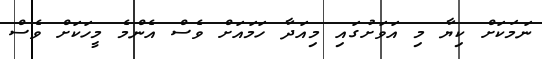
ނަމަކަށް ކިޔާ މި އަވަށުގައި މިއަދާ ހަމައަށް ވެސް އެންމެ މީހަކަށް ވެސް